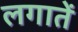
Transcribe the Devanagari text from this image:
लगातें